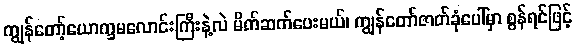
ကျွန်တော့်ယောက္ခမလောင်းကြီးနဲ့လဲ မိတ်ဆက်ပေးမယ်၊ ကျွန်တော်ဇာတ်ခုံပေါ်မှာ စွန်ရင်ဖြင့်